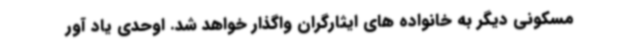
مسکونی دیگر به خانواده های ایثارگران واگذار خواهد شد. اوحدی یاد آور